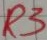
Text: R3